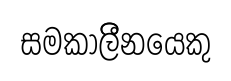
සමකාලිීනයෙකු